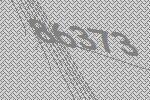
86373